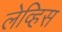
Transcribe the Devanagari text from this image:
लेव्हिस